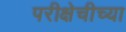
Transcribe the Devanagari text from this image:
परीक्षेचीच्या